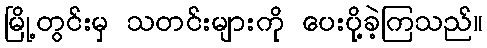
မြို့တွင်းမှ သတင်းများကို ပေးပို့ခဲ့ကြသည်။